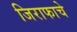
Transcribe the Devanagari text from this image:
जिराफाचे